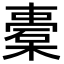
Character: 橐